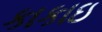
કાકાઇ